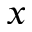
x